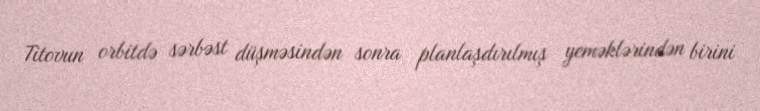
Titovun orbitdə sərbəst düşməsindən sonra planlaşdırılmış yeməklərindən birini